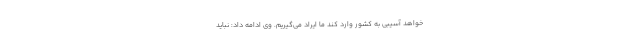
‌خواهد آسیبی به کشور وارد کند ما ایراد می‌گیریم. وی ادامه داد: نباید